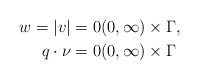
\begin{align*}w = |v| &= 0 (0, \infty) \times \Gamma, \\q \cdot \nu &= 0 (0, \infty) \times \Gamma\end{align*}